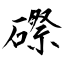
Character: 磜